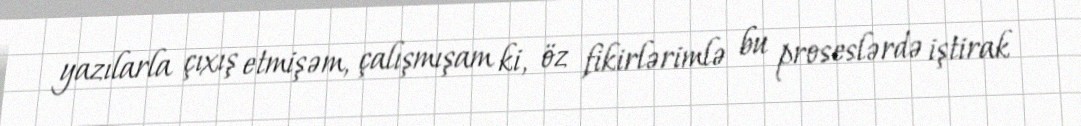
yazılarla çıxış etmişəm, çalışmışam ki, öz fikirlərimlə bu proseslərdə iştirak